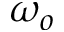
\omega _ { o }